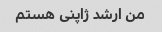
من ارشد ژاپنی هستم